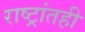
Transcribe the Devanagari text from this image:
राष्ट्रांतही